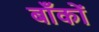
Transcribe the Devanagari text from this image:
बाँकों